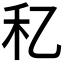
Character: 𥝎